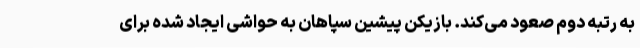
به رتبه دوم صعود می‌کند. بازیکن پیشین سپاهان به حواشی ایجاد شده برای